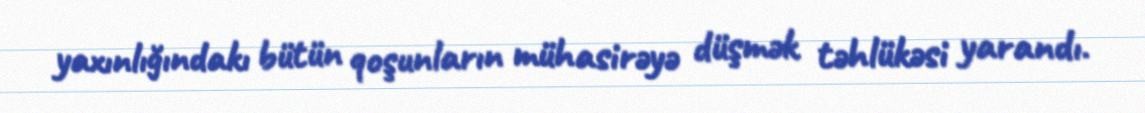
yaxınlığındakı bütün qoşunların mühasirəyə düşmək təhlükəsi yarandı.